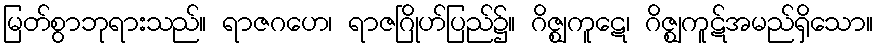
မြတ်စွာဘုရားသည်။ ရာဇဂဟေ၊ ရာဇဂြိုဟ်ပြည်၌။ ဂိဇ္ဈကူဋေ၊ ဂိဇ္ဈကူဋ်အမည်ရှိသော။